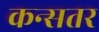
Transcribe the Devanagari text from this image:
कन्सतर